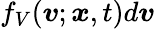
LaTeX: f_{V}({\boldsymbol{v}};{\boldsymbol{x}},t)d{\boldsymbol{v}}